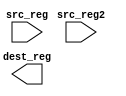
module add (input src_reg, input src_reg2, output dest_reg);
    
endmodule